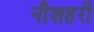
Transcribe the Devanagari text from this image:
नौशहरी